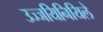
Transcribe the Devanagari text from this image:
उज्जयिनियिले